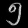
Digit: ၅